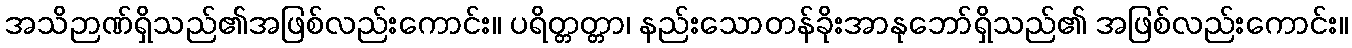
အသိဉာဏ်ရှိသည်၏အဖြစ်လည်းကောင်း။ ပရိတ္တတ္တာ၊ နည်းသောတန်ခိုးအာနုဘော်ရှိသည်၏ အဖြစ်လည်းကောင်း။